Code of medical and sanitary regulations for the guidance of medical officers serving in the Madras Presidency - Volume II
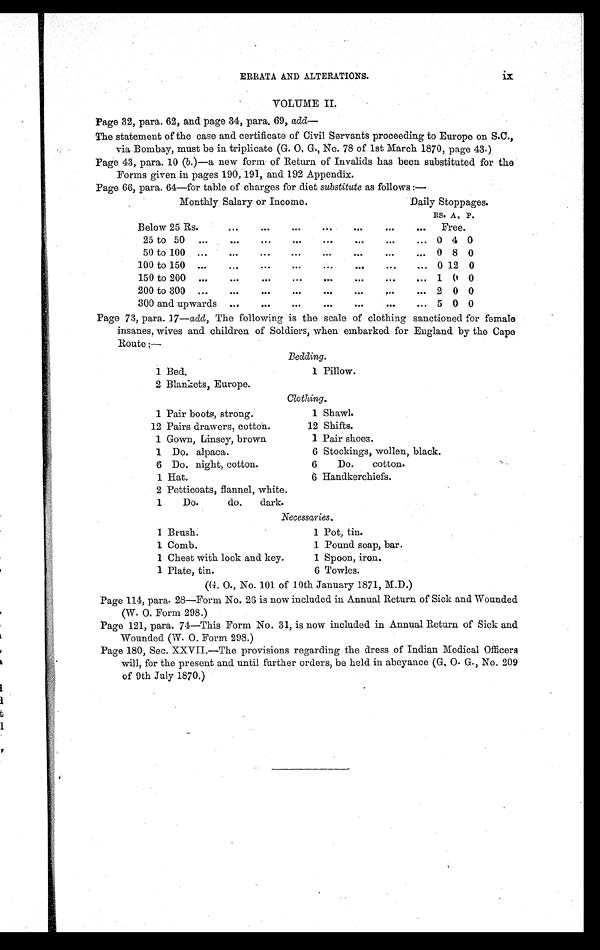
ix
ERRATA AND ALTERATIONS.
VOLUME II.
Page 32, para. 62, and page 34, para. 69, add—
The statement of the case and certificate of Civil Servants proceeding to Europe on S.C.,
via Bombay, must be in triplicate (G. O, G., No. 78 of 1st March 1870, page 43.)
Page 43, para. 10 (b.)—a new form of Return of Invalids has been substituted for the
Forms given in pages 190, 191, and 192 Appendix.
Page 66, para. 64—for table of charges for diet substitute as follows :—
Monthly Salary or Income.
Daily Stoppages.
RS. A. P.
Below 25 Rs.
. . . ...
...
. . .
. . . . . .
. . . Free.
25 to 50 ...
. . .
. . .
. . .
. . .
. . .
. . .
. . . 0 4 0
50 to 100 ...
. . . ...
...
...
...
...
0 8 0
100 to 150 ...
...
...
...
...
. . .
...
... 0 12 0
150 to 200 ...
...
...
. . .
...
...
... 1 0 0
200 to 300 ...
...
. . .
. . . ...
. . .
. . . 2 0 0
300 and upwards ...
. . .
...
. . . . . .
. . . ... 5 0 0
Page 73, para. 17—add, The following is the scale of clothing sanctioned for female
insanes, wives and children of Soldiers, when embarked for England by the Cape
Route;—
Bedding.
1 Bed.
1 Pillow.
2 Blankets, Europe.
Clothing.
1 Pair boots, strong.
1 Shawl.
12 Pairs drawers, cotton.
12 Shifts.
1 Gown, Linsey, brown
1 Pair shoes.
1 Do. alpaca.
6 Stockings, wollen, black.
6 Do. night, cotton.
6
Do. cotton.
1 Hat.
6 Handkerchiefs.
2 Petticoats, flannel, white.
1
Do. do. dark.
Necessaries.
1 Brush:
1 Pot, tin.
1 Comb.
1 Pound soap, bar.
1 Chest with lock and key.
1 Spoon, iron.
1 Plate, tin.
6 Towles.
(G. O., No. 101 of 10th January 1871, M.D.)
Page 114, para. 28—Form No. 26 is now included in. Annual Return of Sick and Wounded
(W. O. Form 298.)
Page 121, para. 74—This Form No. 31, is now included in Annual Return of Sick and
Wounded (W. O. Form 298.)
Page 180, Sec. XXVII.—The provisions regarding the dress of Indian Medical Officers
will, for the present and until further orders, be held in abeyance (G. O. G., No. 209
of 9th July 1870.)